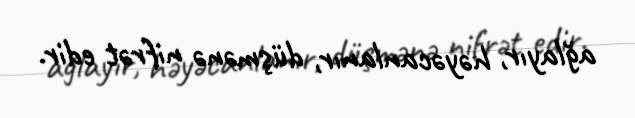
ağlayır, həyəcanlanır, düşmənə nifrət edir.